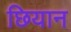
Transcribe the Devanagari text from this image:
छियान